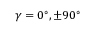
\gamma = 0 ^ { \circ } , \pm 9 0 ^ { \circ }